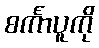
စင်္ကာပူကို